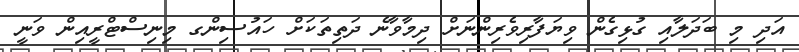
އަދި މި ބަދަލާއި ގުޅިގެން ވިޔަފާރިވެރިންނަށް ދިމާވާނެ ދަތިތަކަށް ހައުސިންގ މިނިސްޓްރީއިން ވަނީ